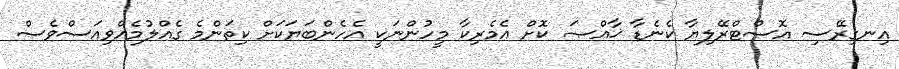
އިނގިރޭސި އޮސްޓްރޭލިޔާ ކެނެޑާ ޚާއްޞަ ކޮށް އެމެރިކާ މީހުންނަކީ އެހެންބަޔަކަށް ކިތަންމެ ގެއްލުމެއްވިއަސްވެސް